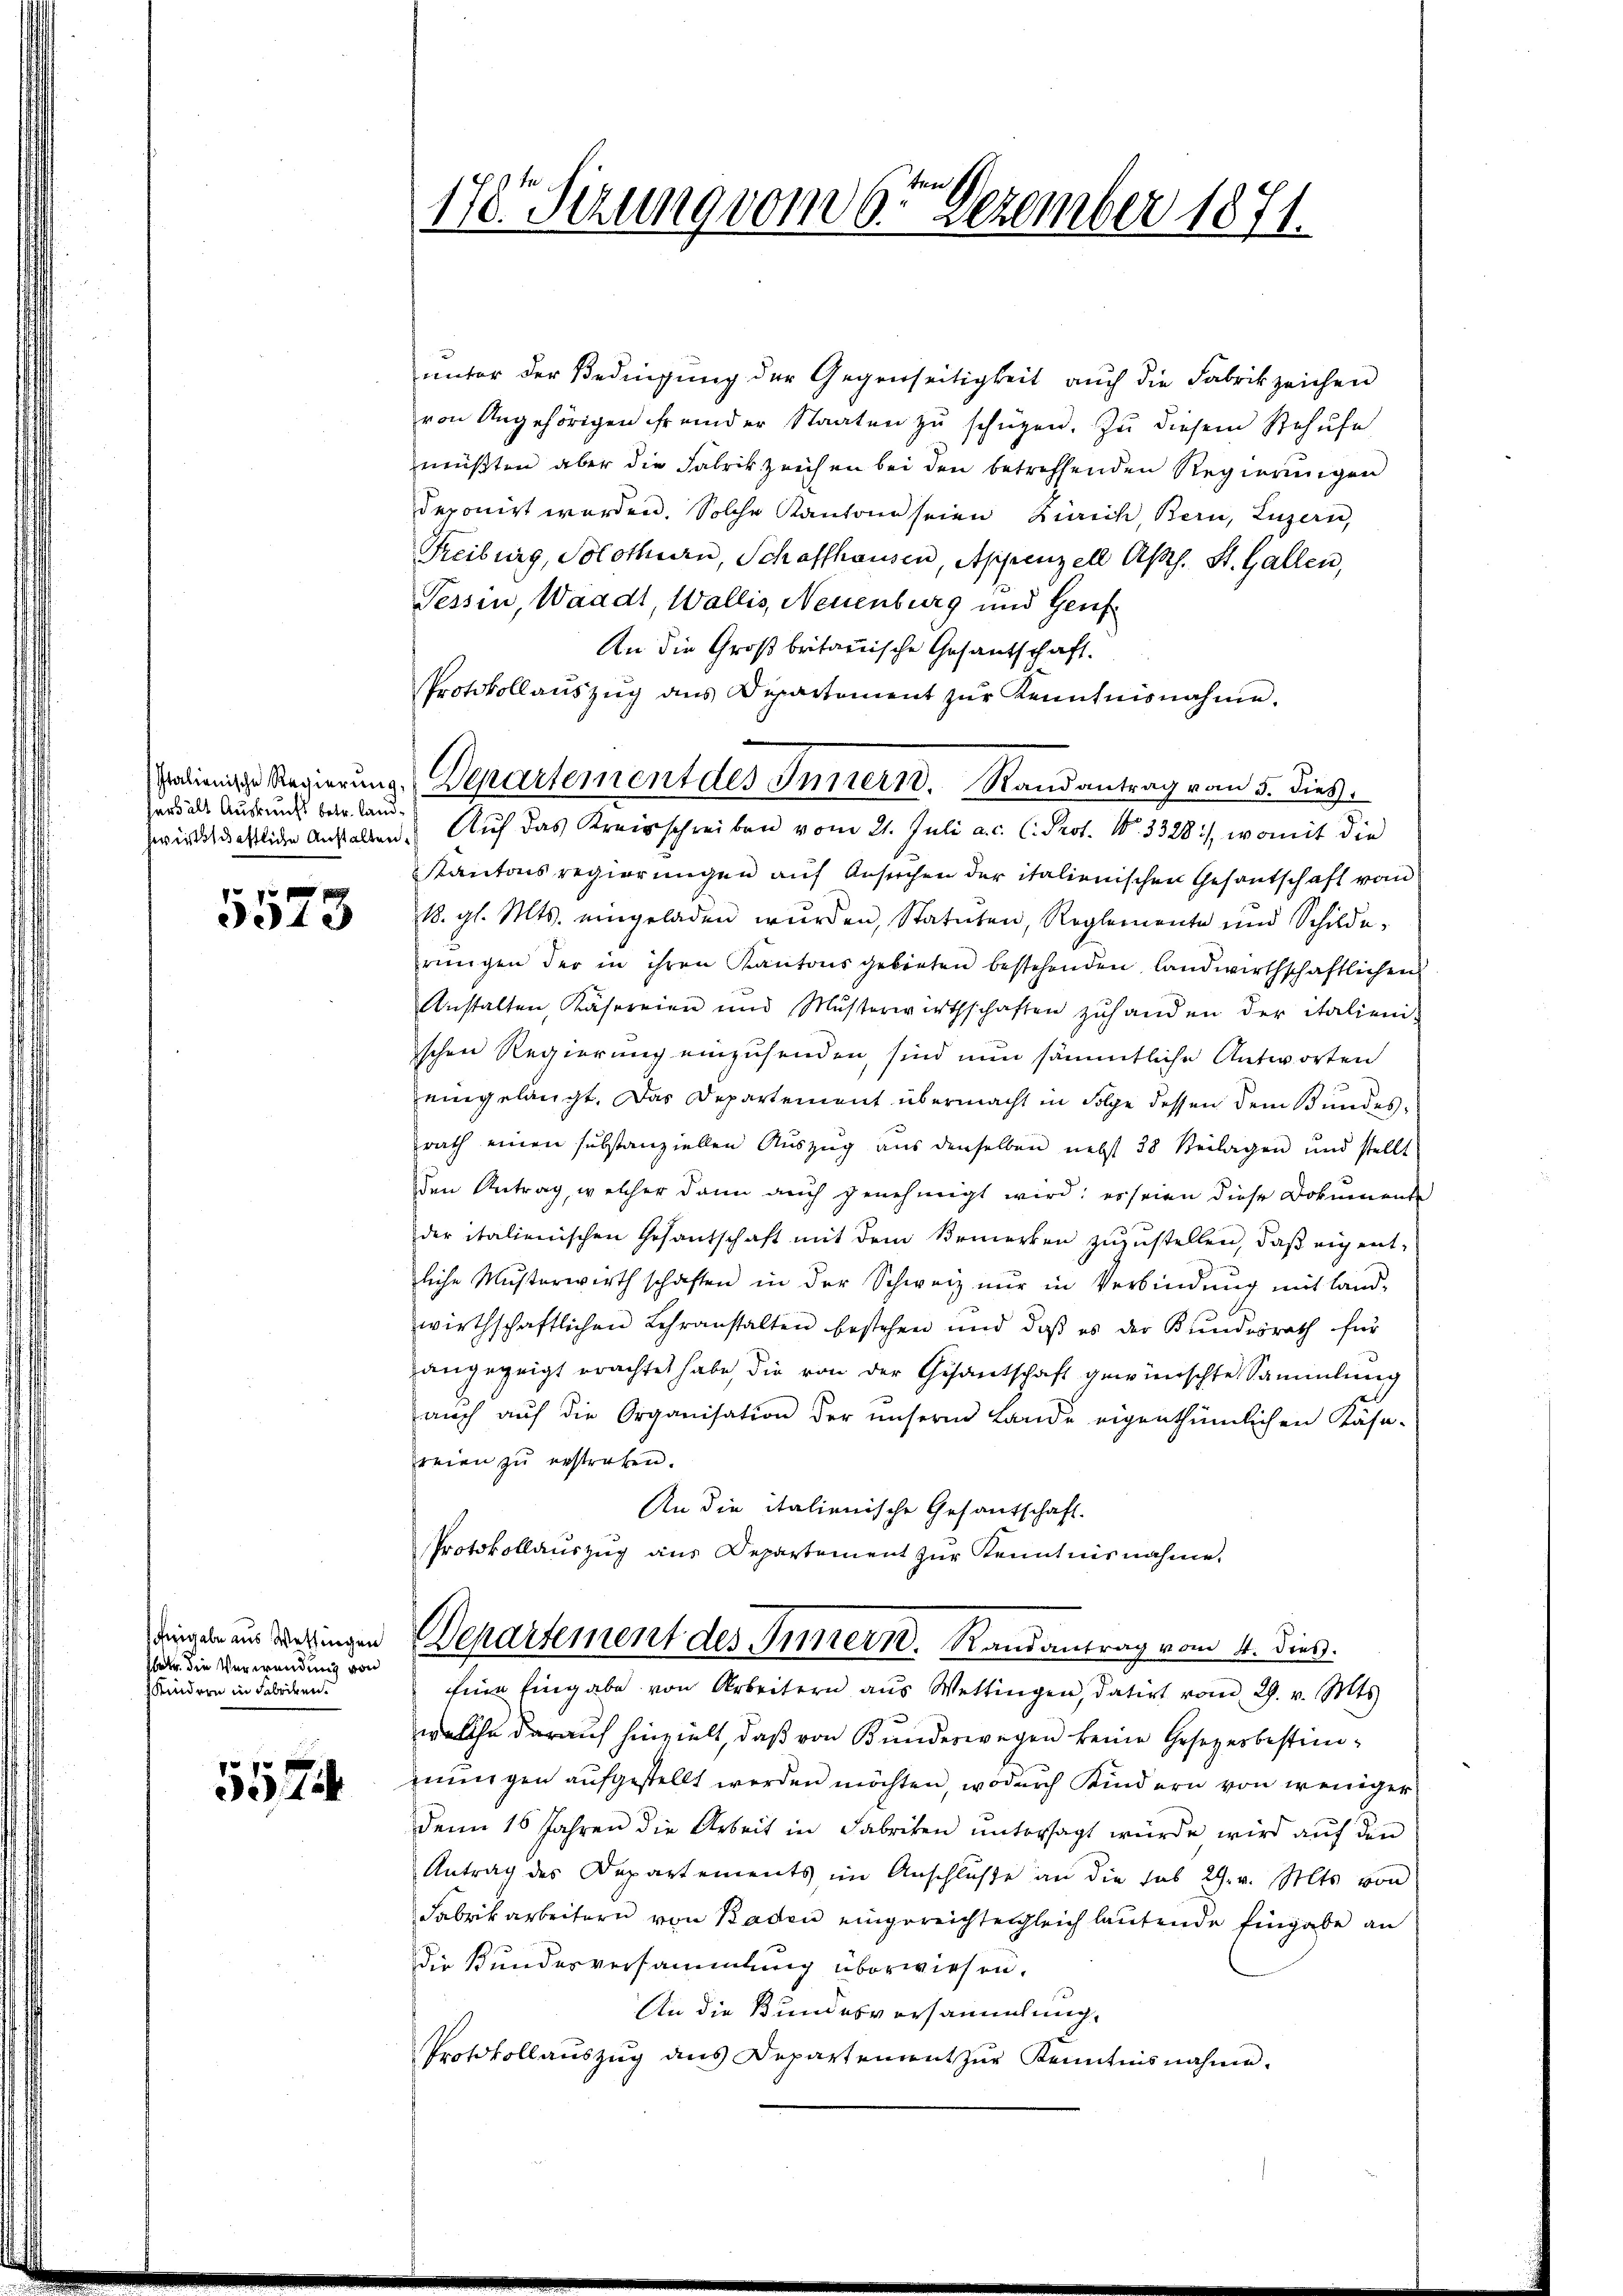
erhält Auskunft betr. Land¬

5573

heigabe aus Wettingen
fbetr. die Verwendung von
Kindern in Fabriken.

5574

ten
1787 Sizung vom 6. Dezember 1871.

pedienige Regierung Departement des Innern. Randantrag vom 5. dies.

unter der Bedingung der Gegenseitigkeit auch die Fabrikzeichen
von Angehörigen fremder Staaten zu schügen. Zu diesem Behufe
müßten aber die Fabrikzeichen bei den betreffenden Regierungen
deponirt werden. Solche Kantone seien Zürich, Bern, Luzern,
Freiburg, Solothurn, Schaffhausen, Appenzell Aps. St. Gallen,
Tessin, Waadt, Wallis, Neuenburg und Genf
An die Großbritannische Gesantschaft.
Protokollaŭszŭg ans Departement zŭr Kenntnisnahme.
zwirksrichtliche Anstalten. Auf das Kreisschreiben vom 21. Juli a. c. l. Prot. N. 3328), womit die
Kantonsregierungen auf Ansuchen der italienischen Gesantschaft vom
1. gl. Mts. eingeladen wurden, Statuten, Reglemente und Schilde,
rungen der in ihren Kantonsgebieten bestehenden Landwirthschaftlichen
Anstalten, Käsereien und Musterwirthschaften zŭ handen der italieni-
schen Regierung einzusenden, sind nun sämmtliche Antworten
eingelangt. Das Departement übermacht in Folge dessen dem Bundesrath einen substanziellen Auszug aus denselben nebst 28 Seilagen und stellt
den Antrag, welcher dann auch genehmigt wird; er seien diese Dokumente
der italienischen Gesantschaft mit dem Bemerken zuzustellen, daß eigentliche Musterwerth schaften in der Schweiz nŭr in Verbindŭng mit land-
wirthschaftlichen Lehranstalten bestehen und daβ es der Bŭndesrath für
angezeigt erachtet habe, die von der Gesantschaft gewünschte Sammlung
aŭch aŭf die Organisation der unsern Lande eigenthümlichen Käse-
reien zŭ erstreben.
An die italienische Gesandtschaft.
Protokollauszug aus Departement zur Kenntnisnahme.
Departement des Innern. Randantrag vom 11. dies
Eine Eingabe von Arbeitern aus Wettingen, datirt vom 29. v. Mts.
welche darauf hinzielt, daß von Bundeswegen keine Gesetzesbestiminungen aufgestellt werden möchten, wodurch Kindern von weniger
denn 16 Jahren die Arbeit in Fabriken untersagt würde wird auf den
Antrag des Departements im Anschlüße an die sub 29. v. Mts. von
Fabrikarbeitern von Baden eingereichte gleich lautende Eingabe an
die Bundesversammlung überwiesen.
An die Bundesversammlung.
Protokollaŭszŭg ans Departement zŭr Kenntnisnahme.